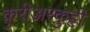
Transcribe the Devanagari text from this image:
कुरीअरकुट्टी